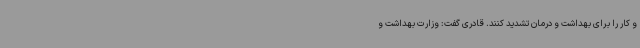
و کار را برای بهداشت و درمان تشدید کنند. قادری گفت: وزارت بهداشت و